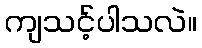
ကျသင့်ပါသလဲ။